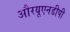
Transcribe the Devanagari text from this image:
औरयूएनडीपी